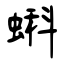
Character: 蝌